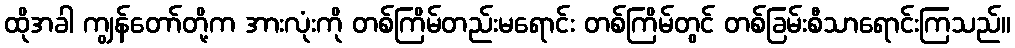
ထိုအခါ ကျွန်တော်တို့က အားလုံးကို တစ်ကြိမ်တည်းမရောင်း တစ်ကြိမ်တွင် တစ်ခြမ်းစီသာရောင်းကြသည်။